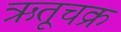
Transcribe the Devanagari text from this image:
ऋतूचक्र